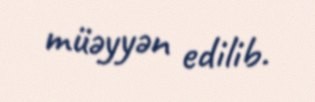
müəyyən edilib.